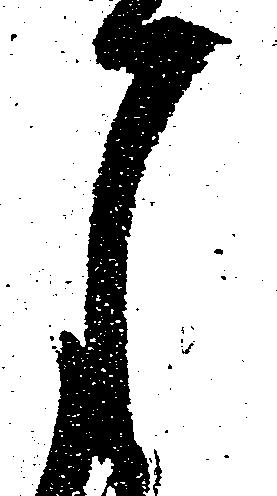
月